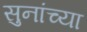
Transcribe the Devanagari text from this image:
सुनांच्या